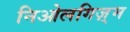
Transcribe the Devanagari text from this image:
निओलगिज़्म